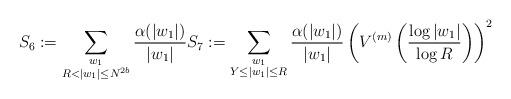
LaTeX: \begin{align*}S_6:= \sum_{\substack{w_1\\R< |w_1|\leq N^{2b}}}\frac{\alpha(|w_1|)}{|w_1|} S_7:= \sum_{\substack{w_1\\Y\leq |w_1|\leq R}}\frac{\alpha(|w_1|)}{|w_1|} \left(V^{(m)}\left(\frac{\log |w_1|}{\log R}\right)\right)^2\end{align*}